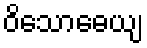
ဝိသောဓေယျ